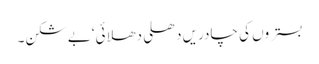
بستروں کی چادریں دھلی دھلائی‘بے شکن۔